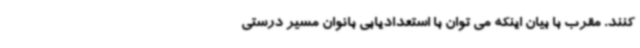
کنند. مقرب با بیان اینکه می توان با استعدادیابی بانوان مسیر درستی